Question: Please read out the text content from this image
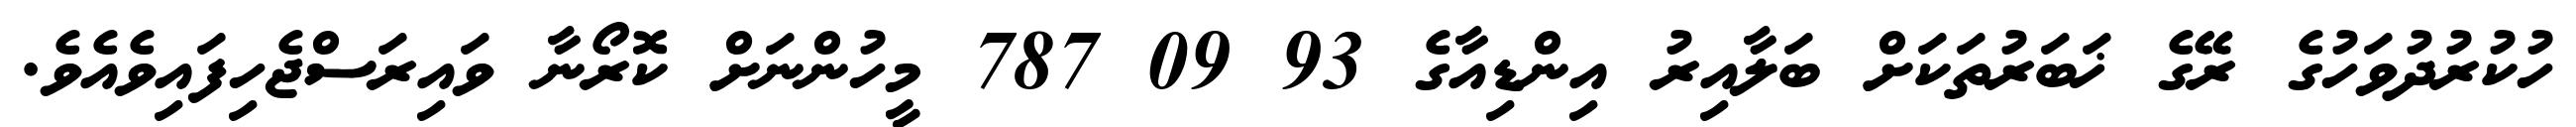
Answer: ހުކުރުދުވަހުގެ ރޭގެ ޚަބަރުތަކަށް ބަލާއިރު އިންޑިއާގެ 93 09 787 މީހުންނަށް ކޮރޯނާ ވައިރަސްޖެހިފައިވެއެވެ.